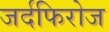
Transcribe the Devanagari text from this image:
जर्दफिरोज